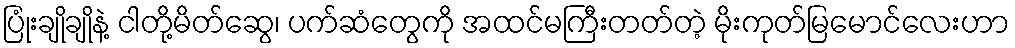
ပြုံးချိုချိုနဲ့ ငါတို့မိတ်ဆွေ၊ ပက်ဆံတွေကို အထင်မကြီးတတ်တဲ့ မိုးကုတ်မြမောင်လေးဟာ